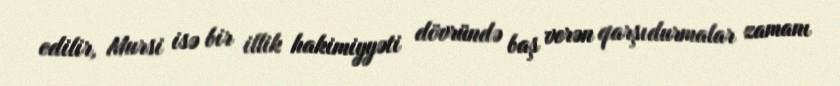
edilir, Mursi isə bir illik hakimiyyəti dövründə baş verən qarşıdurmalar zamanı